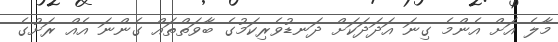
މާލެ އަށް އެންމެ ގިނަ އަދަދަކަށް ދަނޑުވެރިކަމުގެ ބާވަތްތައް ގެންނަ އެއް ރަށުގެ